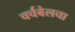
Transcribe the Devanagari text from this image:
चर्चबेलचा